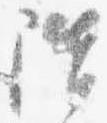
階